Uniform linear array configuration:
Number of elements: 8
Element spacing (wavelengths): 0.25
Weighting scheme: uniform
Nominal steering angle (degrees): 15
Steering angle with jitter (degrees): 16.204
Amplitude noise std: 0.05
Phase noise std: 0.05

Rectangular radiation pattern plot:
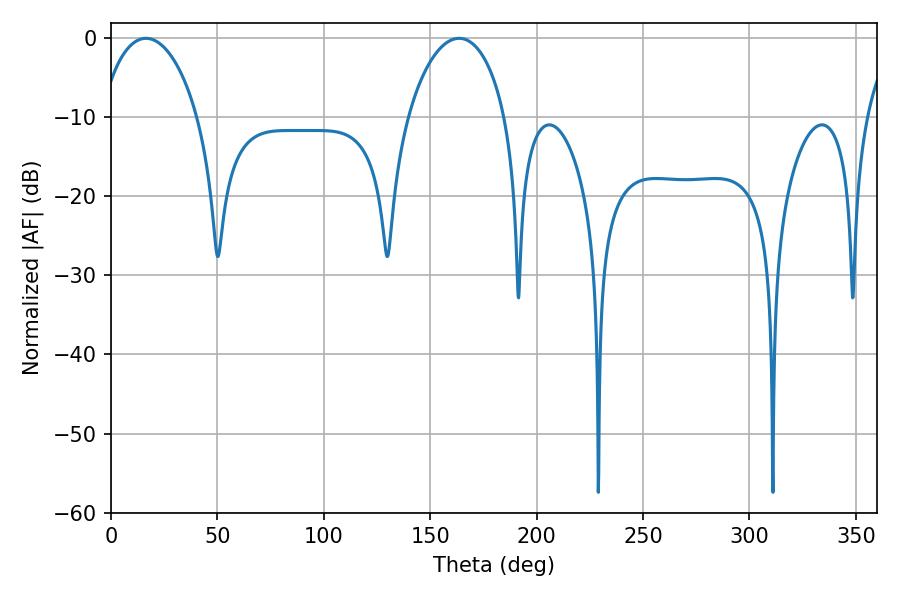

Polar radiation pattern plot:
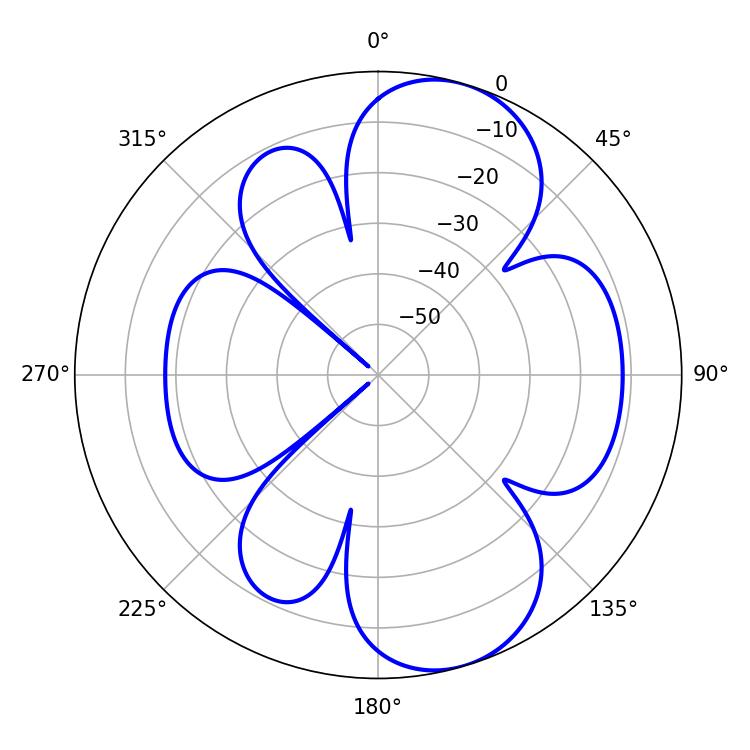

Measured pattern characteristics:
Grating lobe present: FALSE
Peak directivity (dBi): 8.203
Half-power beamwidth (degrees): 26.28
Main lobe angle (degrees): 16.38